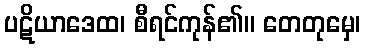
ပဋိယာဒေထ၊ စီရင်ကုန်၏။ တေတုမှေ၊